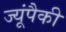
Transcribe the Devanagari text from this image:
ज्यूंपैकी